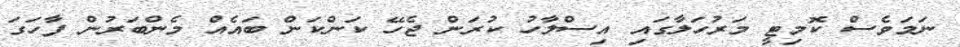
ނަމަވެސް ކޮމިޓީ މަރުހަލާގައި އިސްލާހު ކުރަން ޖެހޭ ކަންކަން ބައެއް މެންބަރުން ފާހަގަ